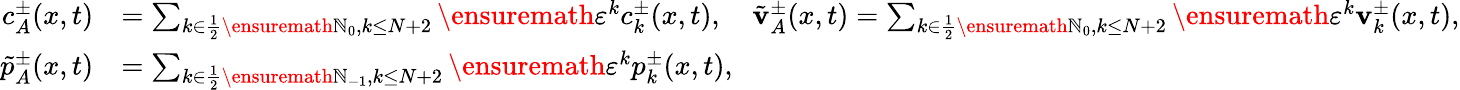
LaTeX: \begin{array}{rl}{c_{A}^{\pm}(x,t)}&{=\sum_{k\in\frac 12\ensuremath{\mathbb{N}}_{0},k\leq N+2}\ensuremath{\varepsilon}^{k}c_{k}^{\pm}(x,t),\quad\tilde{\mathbf{v}}_{A}^{\pm}(x,t)=\sum_{k\in\frac 12\ensuremath{\mathbb{N}}_{0},k\leq N+2}\ensuremath{\varepsilon}^{k}\mathbf{v}_{k}^{\pm}(x,t),}\\ {\tilde{p}_{A}^{\pm}(x,t)}&{=\sum_{k\in\frac 12\ensuremath{\mathbb{N}}_{-1},k\leq N+2}\ensuremath{\varepsilon}^{k}p_{k}^{\pm}(x,t),}\end{array}